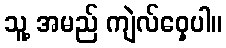
သူ့ အမည် ကျဲလ်ဝှေ့ပါ။